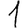
Digit: 1